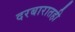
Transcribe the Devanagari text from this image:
दरबारातही